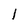
Character: l